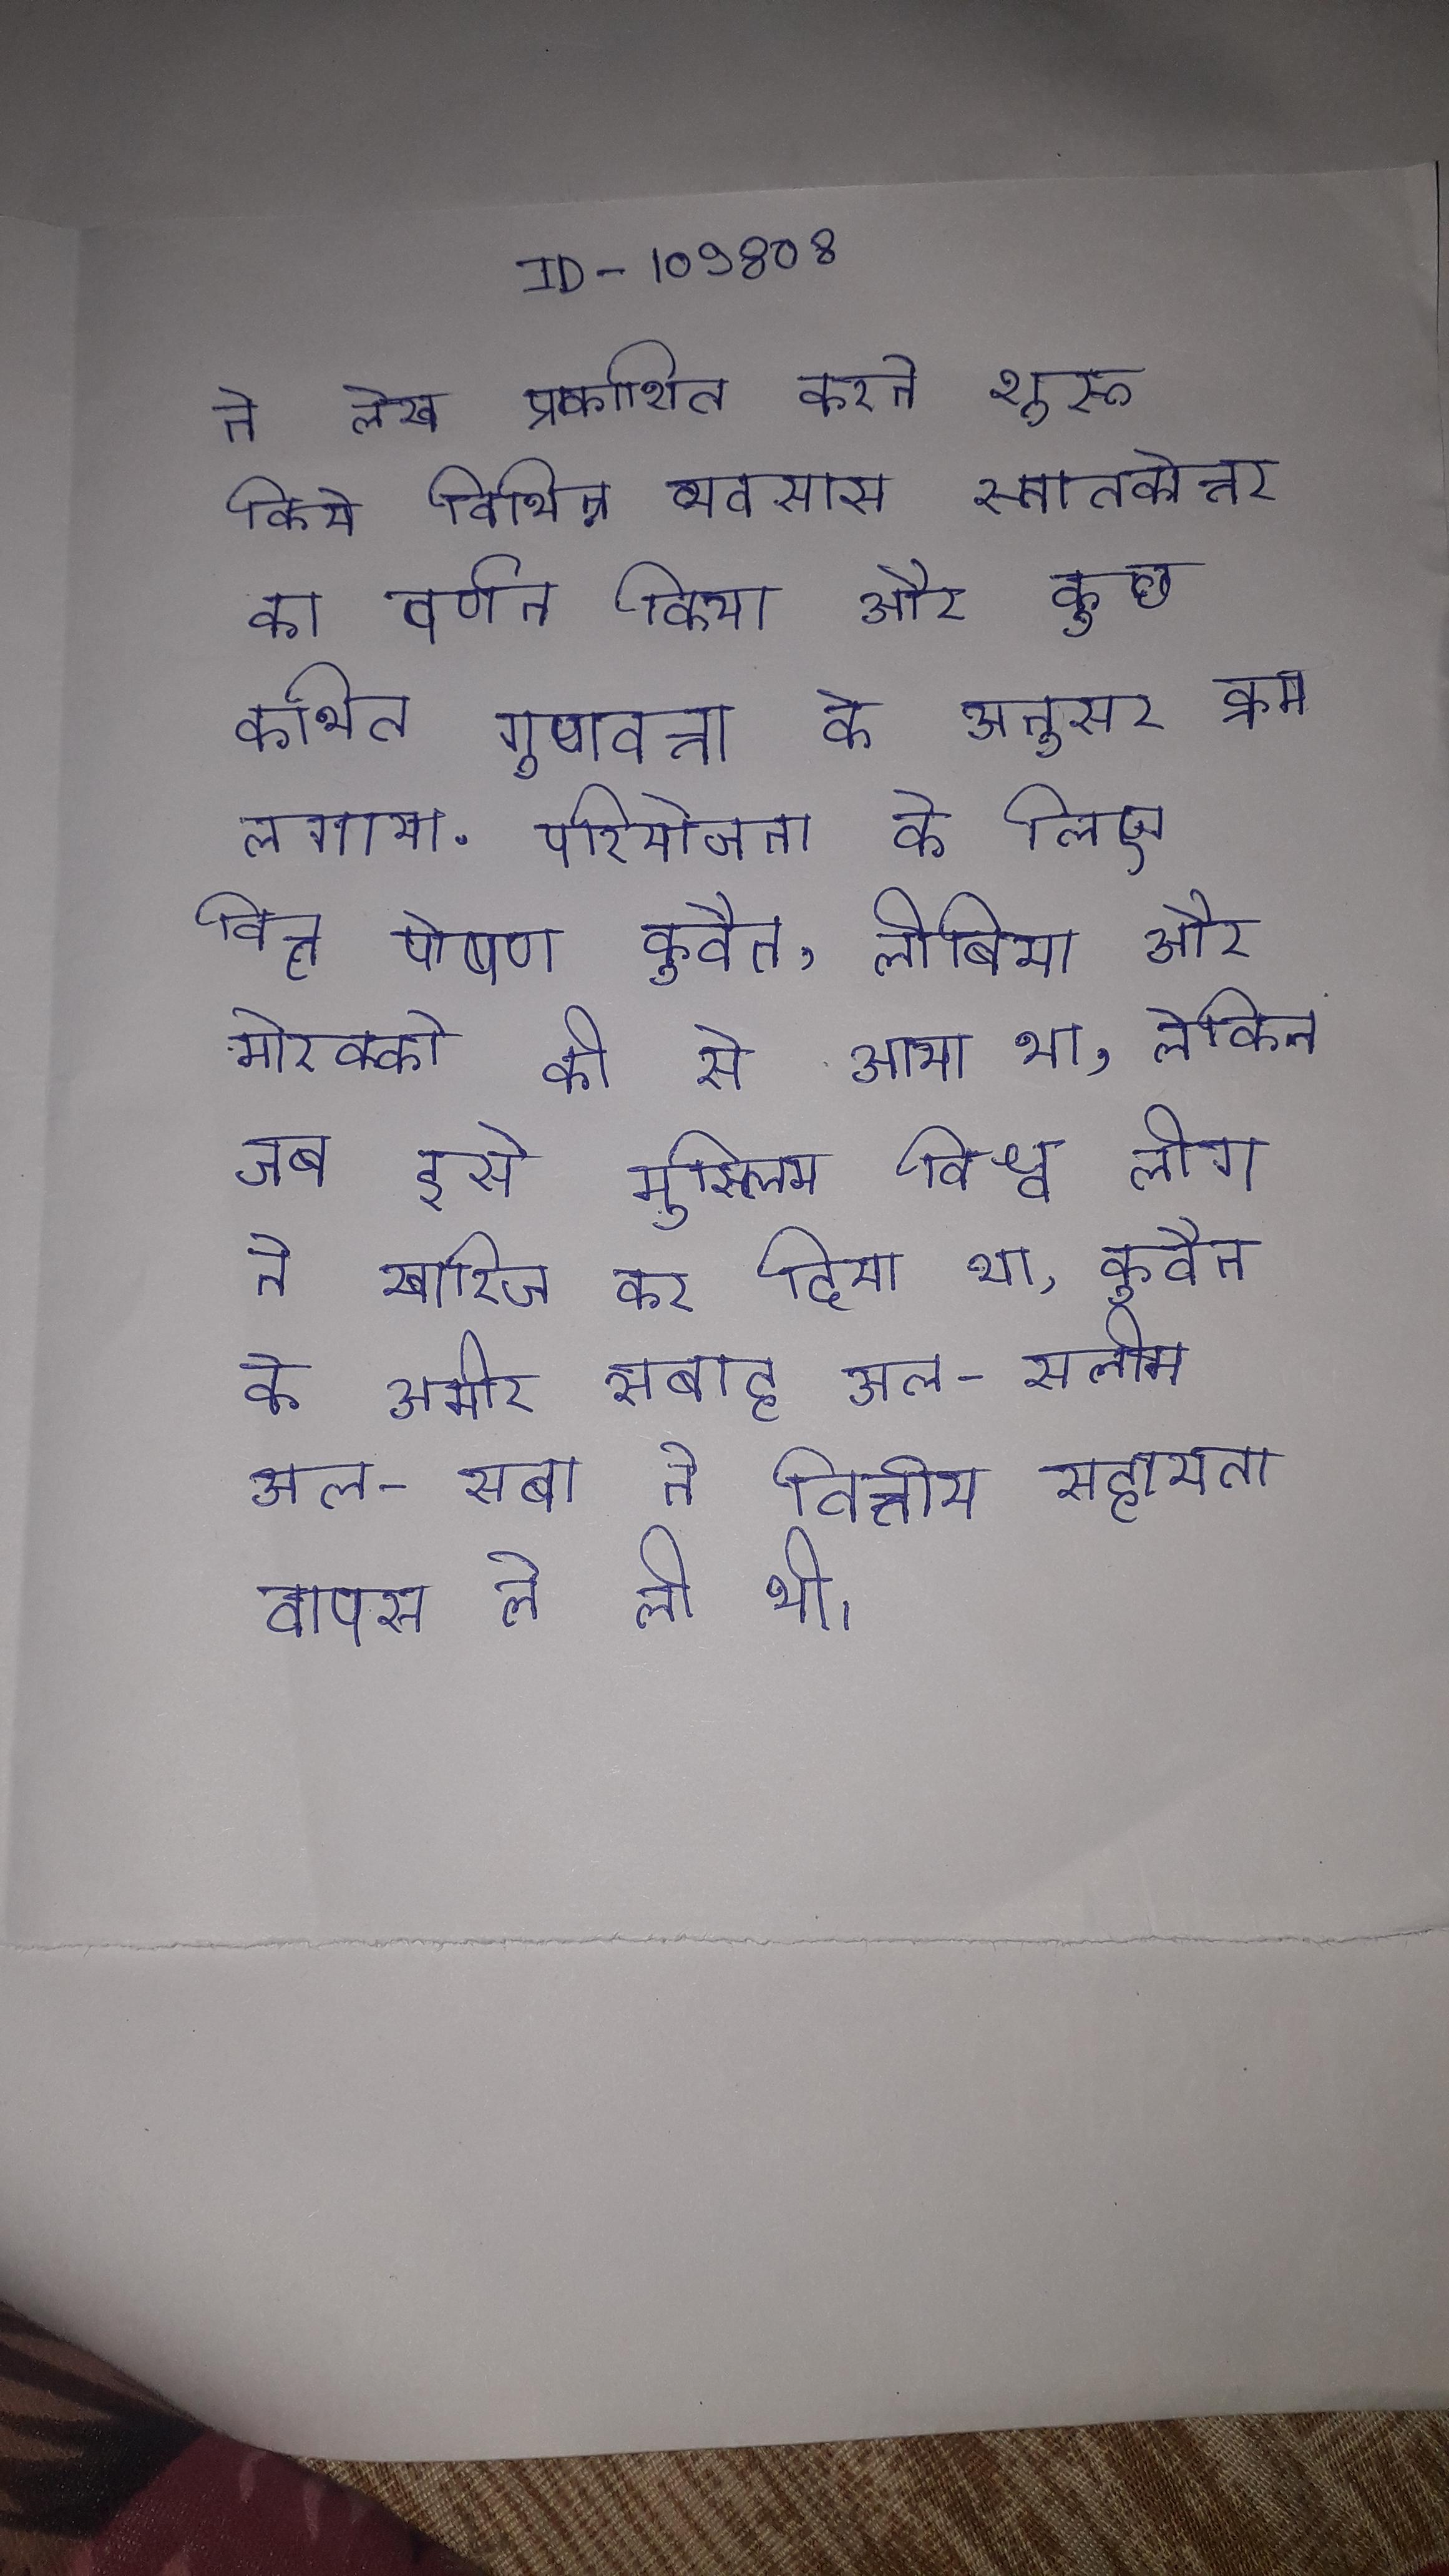
ने लेख प्रकाशित करने शुरू किये विभिन्न व्यवसाय स्नातकोत्तर का वर्णन किया और कुछ कथित गुणवत्ता के अनुसार क्रम लगाया . परियोजना के लिए वित्त पोषण कुवैत, लीबिया और मोरक्को की से आया था, लेकिन जब इसे मुस्लिम विश्व लीग ने खारिज कर दिया था, कुवैत के अमीर सबाह अल-सलीम अल-सबा ने वित्तीय सहायता वापस ले ली थी ।